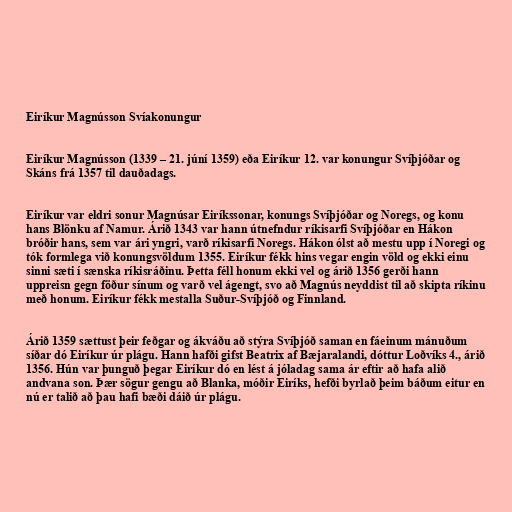
Eiríkur Magnússon Svíakonungur

Eiríkur Magnússon (1339 – 21. júní 1359) eða Eiríkur 12. var konungur Svíþjóðar og
Skáns frá 1357 til dauðadags.

Eiríkur var eldri sonur Magnúsar Eiríkssonar, konungs Svíþjóðar og Noregs, og konu
hans Blönku af Namur. Árið 1343 var hann útnefndur ríkisarfi Svíþjóðar en Hákon
bróðir hans, sem var ári yngri, varð ríkisarfi Noregs. Hákon ólst að mestu upp í Noregi og
tók formlega við konungsvöldum 1355. Eiríkur fékk hins vegar engin völd og ekki einu
sinni sæti í sænska ríkisráðinu. Þetta féll honum ekki vel og árið 1356 gerði hann
uppreisn gegn föður sínum og varð vel ágengt, svo að Magnús neyddist til að skipta ríkinu
með honum. Eiríkur fékk mestalla Suður-Svíþjóð og Finnland.

Árið 1359 sættust þeir feðgar og ákváðu að stýra Svíþjóð saman en fáeinum mánuðum
síðar dó Eiríkur úr plágu. Hann hafði gifst Beatrix af Bæjaralandi, dóttur Loðvíks 4., árið
1356. Hún var þunguð þegar Eiríkur dó en lést á jóladag sama ár eftir að hafa alið
andvana son. Þær sögur gengu að Blanka, móðir Eiríks, hefði byrlað þeim báðum eitur en
nú er talið að þau hafi bæði dáið úr plágu.